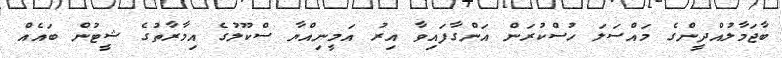
ބާޖަމާލުއްދީންގެ މައްސަލަ ހުސްކުރަން އަންގާފައިވާ އިރު އަމީނިއްޔާ ސްކޫލުގެ އިމާރާތުގެ ޝީޓުން ބައެއް